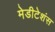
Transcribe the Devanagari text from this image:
मेडीटेशंस